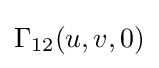
\Gamma _{12}(u,v,0)